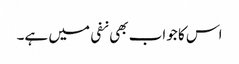
اس کا جواب بھی نفی میں ہے۔